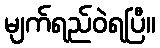
မျက်ရည်ဝဲရပြီ။